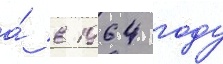
а́ в 1964 году